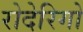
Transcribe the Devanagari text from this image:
रोदेरिगो